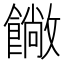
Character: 𩞥